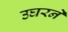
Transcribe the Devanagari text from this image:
उघरने